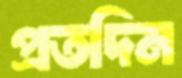
প্রতদিন